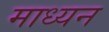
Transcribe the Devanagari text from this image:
माध्यन